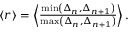
\begin{array} { r } { \left< r \right> = \left< \frac { \operatorname* { m i n } \left( \Delta _ { n } , \Delta _ { n + 1 } \right) } { \operatorname* { m a x } \left( \Delta _ { n } , \Delta _ { n + 1 } \right) } \right> . } \end{array}